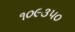
૧૦૯૩૫૦